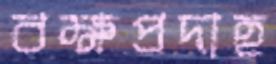
বক্ষপ্রদাহ